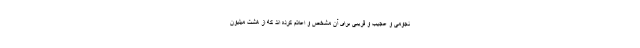
نجومی و عجیب و قریبی برای آن مشخص و اعلام کرده اند که از هشت میلیون